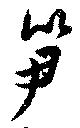
笋